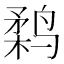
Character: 𱊗